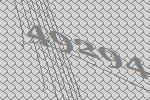
49294